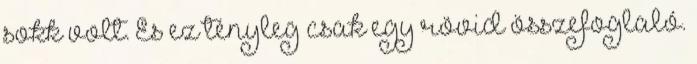
sokk volt. És ez tényleg csak egy rövid összefoglaló.